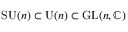
\operatorname { S U } ( n ) \subset \operatorname { U } ( n ) \subset \operatorname { G L } ( n , \mathbb { C } )